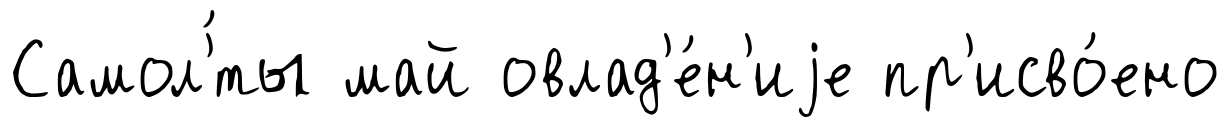
Самол'́ты май овлад'е́н'иjе пр'исво́ено